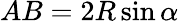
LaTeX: AB=2R\sin\alpha